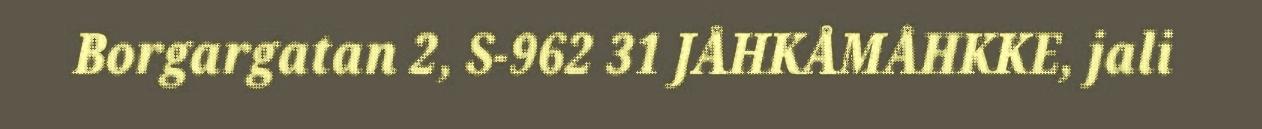
Borgargatan 2, S-962 31 JÅHKÅMÅHKKE, jali